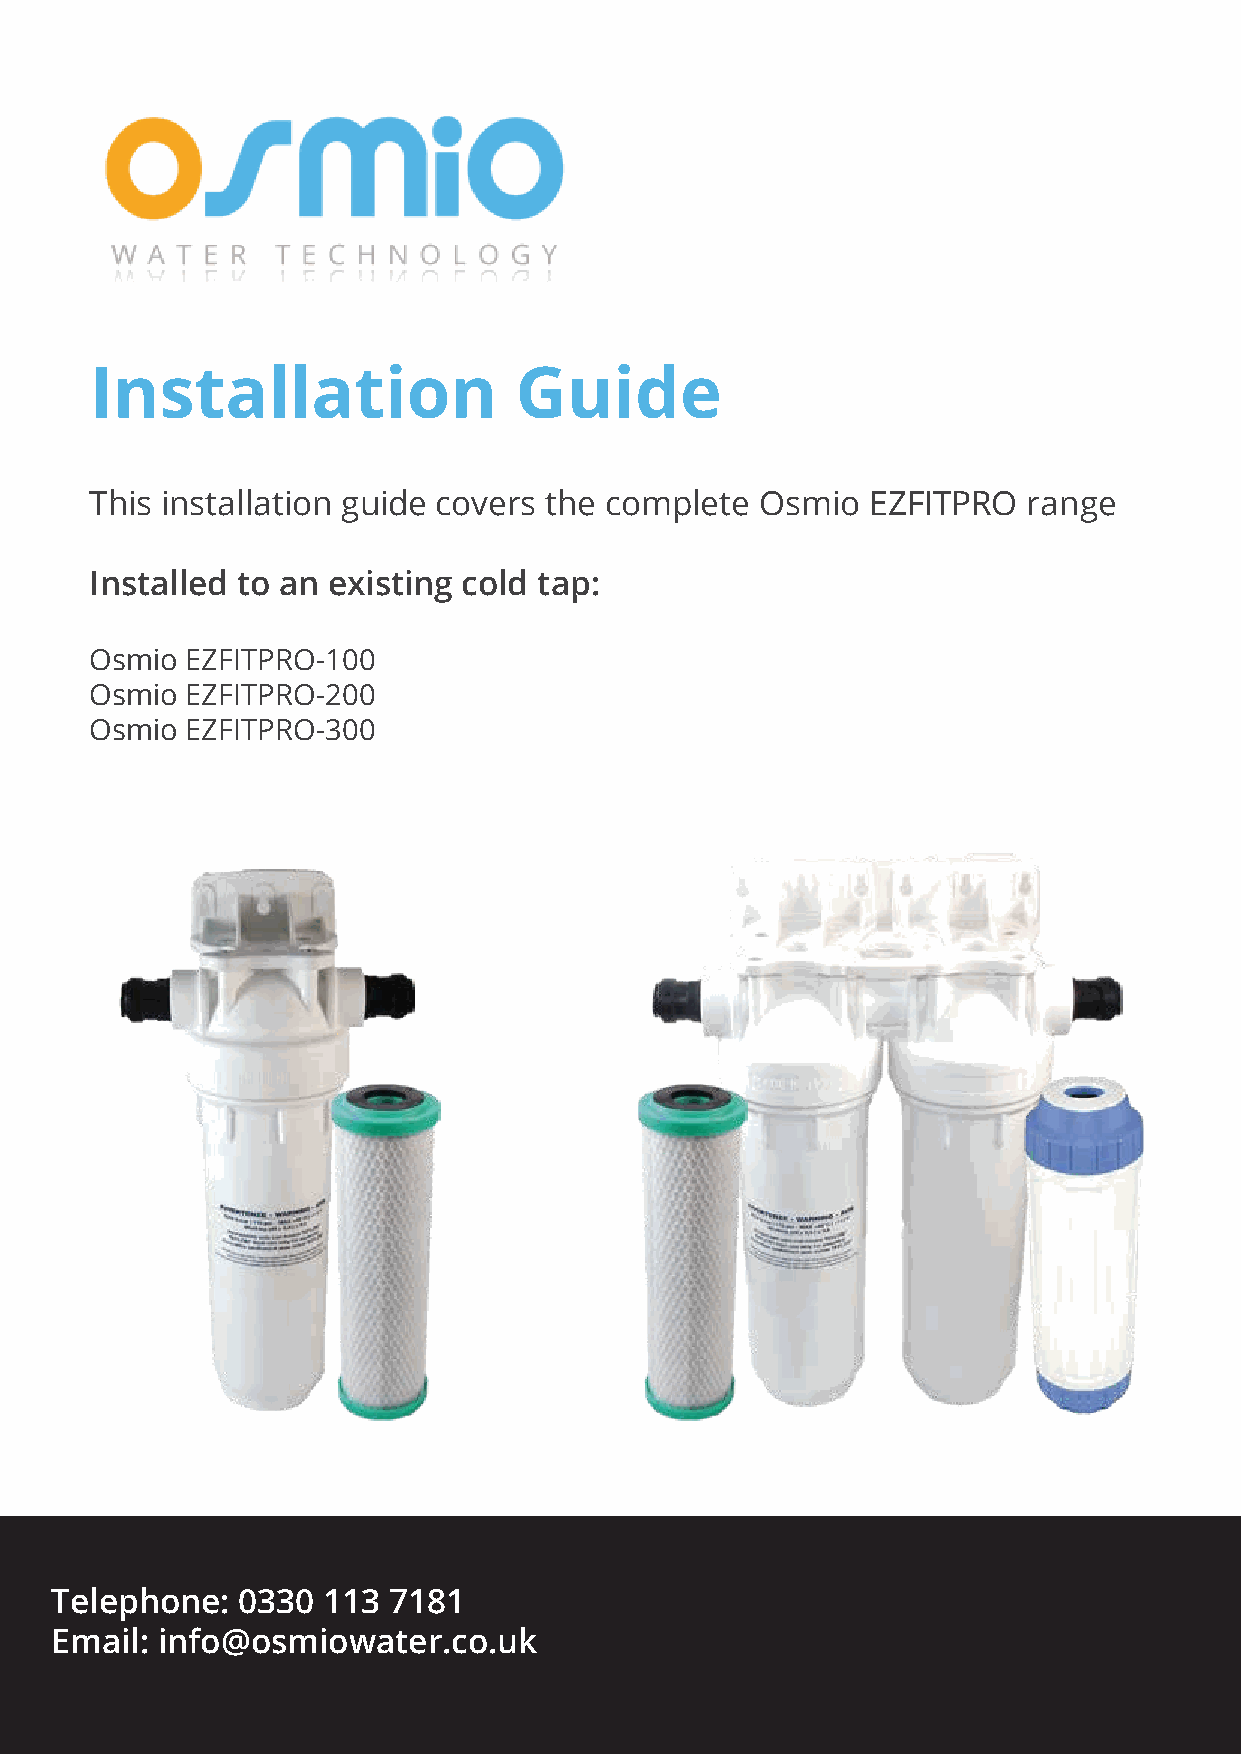
Installation                Guide
 This installation guide covers the complete Osmio   EZFITPRO  range
 Installed to an existing cold tap:
 Osmio EZFITPRO-100
 Osmio EZFITPRO-200
 Osmio EZFITPRO-300
 Telephone:   0330 113  7181
 Email: info@osmiowater.co.uk